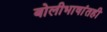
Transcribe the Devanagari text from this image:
बोलीभाषांतही